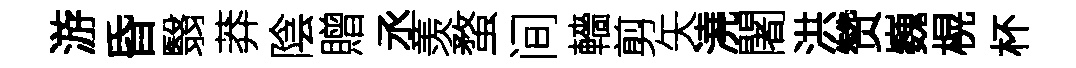
游昏翳莽陰贈丞羡蝥间轖剪矢澆闍洪赞巍榥杯